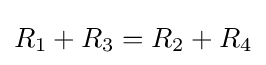
R_{1}+R_{3}=R_{2}+R_{4}